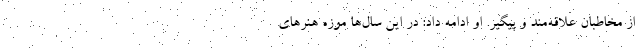
از مخاطبان علاقه‌مند و پیگیر. او ادامه داد: در این سال‌ها موزه هنرهای